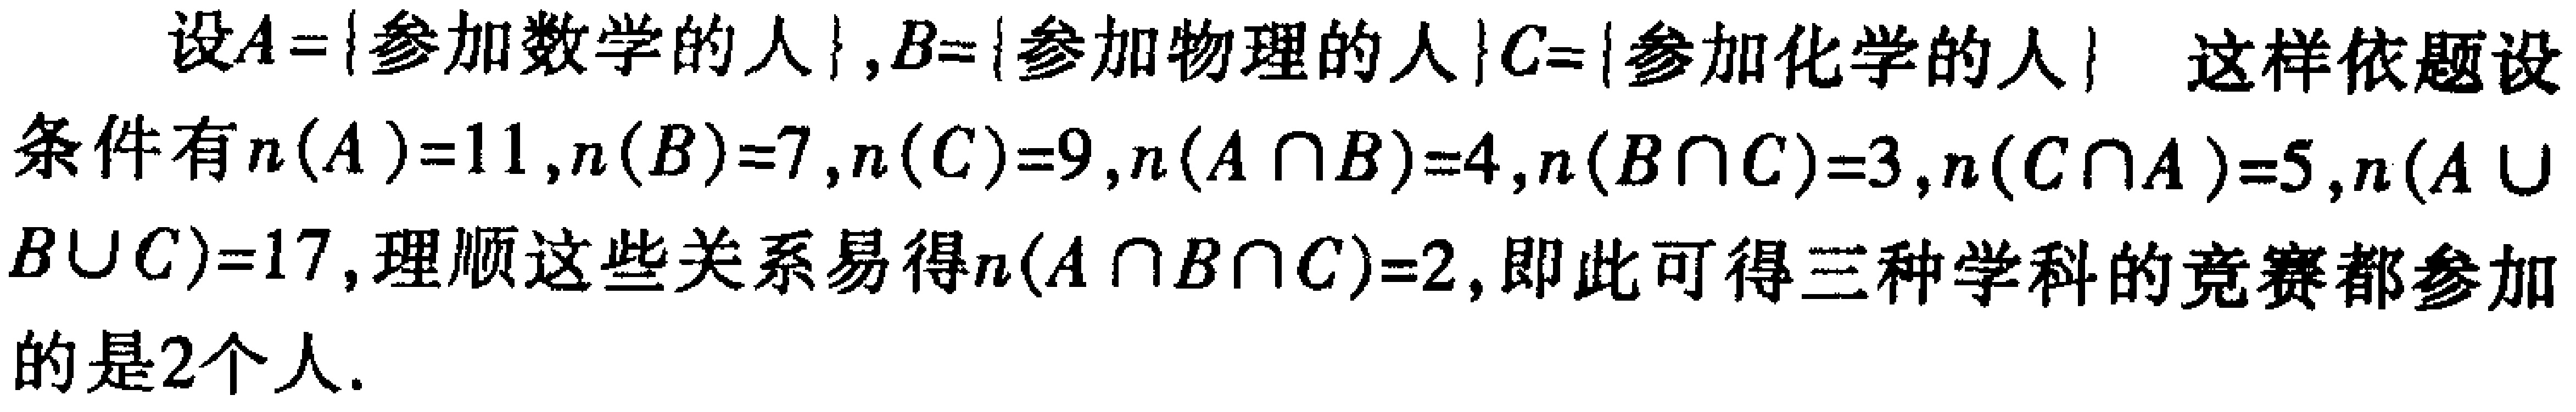
设\(A = \{ \text{参加数学的人} \}\)，\(B = \{ \text{参加物理的人} \}\)，\(C = \{ \text{参加化学的人} \}\)。这样依题设条件有\(n(A)=11\)，\(n(B)=7\)，\(n(C)=9\)，\(n(A\cap B)=4\)，\(n(B\cap C)=3\)，\(n(C\cap A)=5\)，\(n(A\cup B\cup C)=17\)，理顺这些关系易得\(n(A\cap B\cap C)=2\)，即此可得三种学科的竞赛都参加的是\(2\)个人。